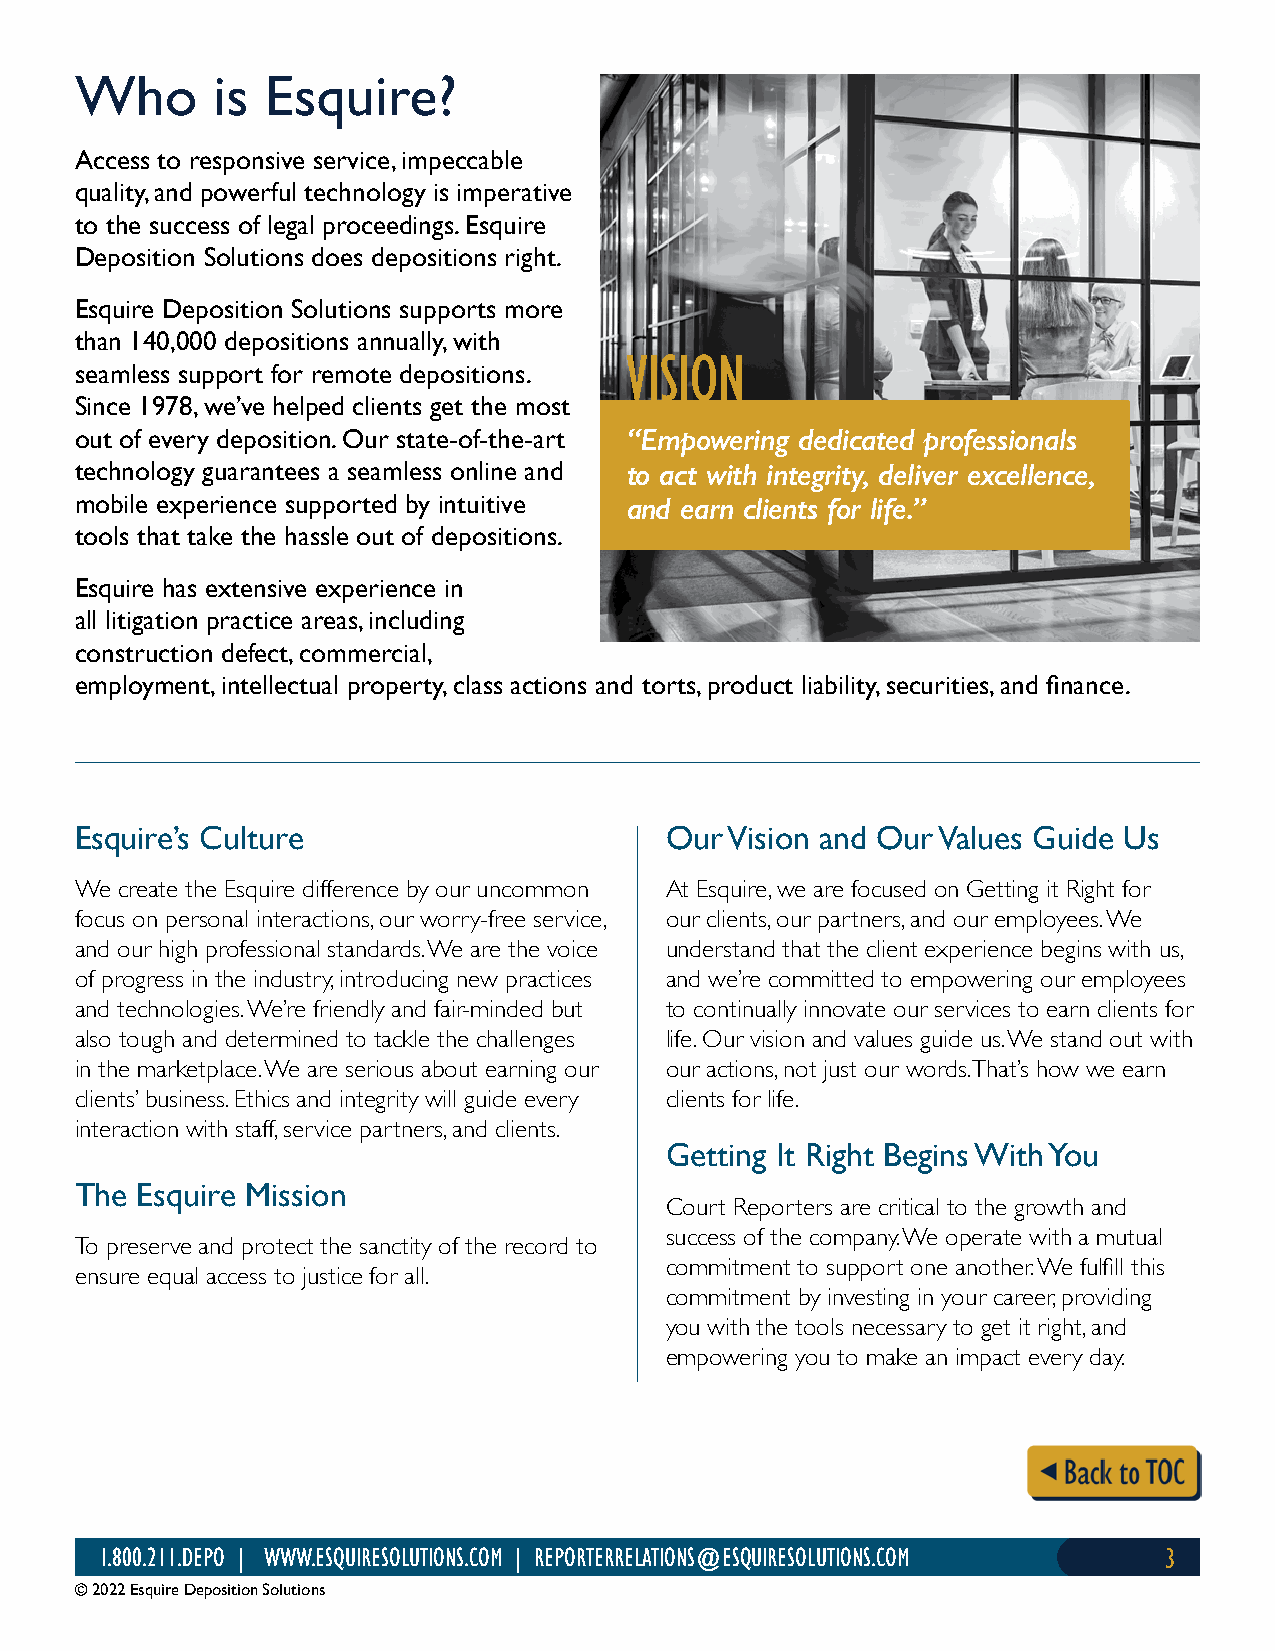
Who      is  Esquire?
 Access to responsive service, impeccable
 quality, and powerful technology is imperative
 to the success of legal proceedings. Esquire
 Deposition Solutions does depositions right.
 Esquire Deposition Solutions supports more
 than 140,000 depositions annually, with
 seamless support for remote depositions.
 Since 1978, we’ve helped clients get the most
 out of every deposition. Our state-of-the-art “Empowering dedicated professionals
 technology guarantees a seamless online and to act with integrity, deliver excellence,
 mobile experience supported by intuitive and earn clients for life.”
 tools that take the hassle out of depositions.
 Esquire has extensive experience in
 all litigation practice areas, including
 construction defect, commercial,
 employment, intellectual property, class actions and torts, product liability, securities, and finance.
 Esquire’s Culture                      Our Vision and Our Values Guide Us
 We create the Esquire difference by our uncommon At Esquire, we are focused on Getting it Right for
 focus on personal interactions, our worry-free service, our clients, our partners, and our employees. We
 and our high professional standards. We are the voice understand that the client experience begins with us,
 of progress in the industry, introducing new practices and we’re committed to empowering our employees
 and technologies. We’re friendly and fair-minded but to continually innovate our services to earn clients for
 also tough and determined to tackle the challenges life. Our vision and values guide us. We stand out with
 in the marketplace. We are serious about earning our our actions, not just our words. That’s how we earn
 clients’ business. Ethics and integrity will guide every clients for life.
 interaction with staff, service partners, and clients.
 Getting It Right Begins With You
 The Esquire Mission
 Court Reporters are critical to the growth and
 success of the company. We operate with a mutual
 To preserve and protect the sanctity of the record to
 commitment to support one another. We fulfill this
 ensure equal access to justice for all.
 commitment by investing in your career, providing
 you with the tools necessary to get it right, and
 empowering you to make an impact every day.
 1.800.211.DEPO | WWW.ESQUIRESOLUTIONS.COM | REPORTERRELATIONS@ESQUIRESOLUTIONS.COM 3
 © 2022 Esquire Deposition Solutions